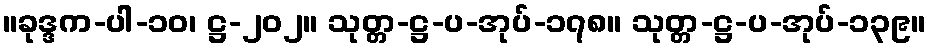
။ခုဒ္ဒက-ပါ-၁၀၊ ဋ္ဌ-၂၀၂။ သုတ္တ-ဋ္ဌ-ပ-အုပ်-၁၇၈။ သုတ္တ-ဋ္ဌ-ပ-အုပ်-၁၃၉။